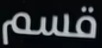
قسم